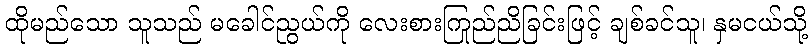
ထိုမည်သော သူသည် မခေါင်ညွယ်ကို လေးစားကြည်ညိုခြင်းဖြင့် ချစ်ခင်သူ၊ နှမငယ်သို့